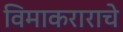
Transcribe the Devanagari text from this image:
विमाकराराचे